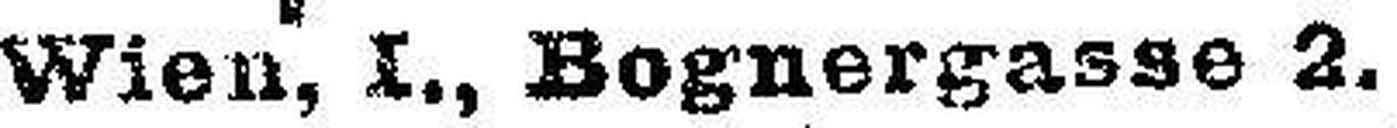
Wien, I., Bognergasse 2.